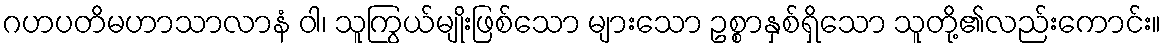
ဂဟပတိမဟာသာလာနံ ဝါ၊ သူကြွယ်မျိုးဖြစ်သော များသော ဥစ္စာနှစ်ရှိသော သူတို့၏လည်းကောင်း။